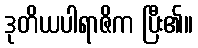
ဒုတိယပါရာဇိက ပြီး၏။